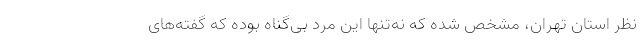
نظر استان تهران، مشخص شده که نه‌تنها این مرد بی‌گناه بوده که گفته‌های